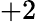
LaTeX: +2